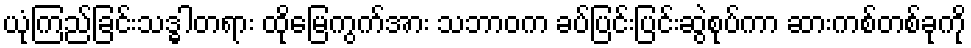
ယုံကြည်ခြင်းသဒ္ဓါတရား ထိုမြေကွက်အား သဘာဝက ခပ်ပြင်းပြင်းဆွဲစုပ်ကာ ဆားကစ်တစ်ခုကို